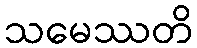
သမေဿတိ